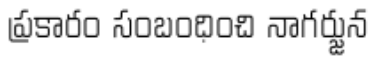
ప్రకారం సంబంధించి నాగర్జున